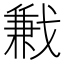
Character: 𢧥